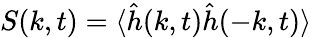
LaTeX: S(k,t)=\langle\hat{h}(k,t)\hat{h}(-k,t)\rangle